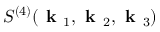
S ^ { ( 4 ) } ( \textbf { k } _ { 1 } , \textbf { k } _ { 2 } , \textbf { k } _ { 3 } )